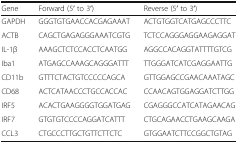
<table><thead><tr><td><b>Gene</b></td><td><b>Forward (5′ to 3′)</b></td><td><b>Reverse (5′ to 3′)</b></td></tr></thead><tbody><tr><td>GAPDH</td><td>GGGTGTGAACCACGAGAAAT</td><td>ACTGTGGTCATGAGCCCTTC</td></tr><tr><td>ACTB</td><td>CAGCTGAGAGGGAAATCGTG</td><td>TCTCCAGGGAGGAAGAGGAT</td></tr><tr><td>IL-1β</td><td>AAAGCTCTCCACCTCAATGG</td><td>AGGCCACAGGTATTTTGTCG</td></tr><tr><td>Iba1</td><td>ATGAGCCAAAGCAGGGATTT</td><td>TTGGGATCATCGAGGAATTG</td></tr><tr><td>CD11b</td><td>GTTTCTACTGTCCCCCAGCA</td><td>GTTGGAGCCGAACAAATAGC</td></tr><tr><td>CD68</td><td>ACTCATAACCCTGCCACCAC</td><td>CCAACAGTGGAGGATCTTGG</td></tr><tr><td>IRF5</td><td>ACACTGAAGGGGTGGATGAG</td><td>CGAGGGCCATCATAGAACAG</td></tr><tr><td>IRF7</td><td>GTGTGTCCCCAGGATCATTT</td><td>CTGCAGAACCTGAAGCAAGA</td></tr><tr><td>CCL3</td><td>CTGCCCTTGCTGTTCTTCTC</td><td>GTGGAATCTTCCGGCTGTAG</td></tr></tbody></table>